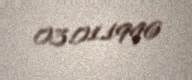
03.01.1996